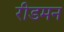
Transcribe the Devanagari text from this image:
रीडमन